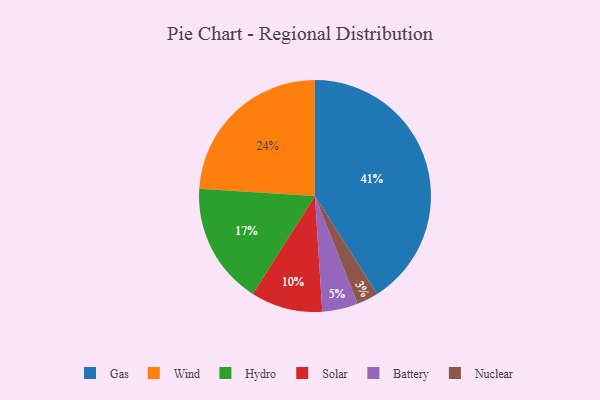
{"axis": {"x": "Category", "y": "Percentage"}, "legend": ["Battery", "Gas", "Hydro", "Nuclear", "Solar", "Wind"], "data": [{"x": "Hydro", "y": 17, "type": "Hydro"}, {"x": "Nuclear", "y": 3, "type": "Nuclear"}, {"x": "Solar", "y": 10, "type": "Solar"}, {"x": "Gas", "y": 41, "type": "Gas"}, {"x": "Battery", "y": 5, "type": "Battery"}, {"x": "Wind", "y": 24, "type": "Wind"}]}